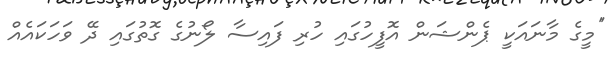
''މީގެ މާނައަކީ ޕެންޝަން އޮފީހުގައި ހުރި ފައިސާ ލޯނުގެ ގޮތުގައި ދޭ ވަހަކައެއް